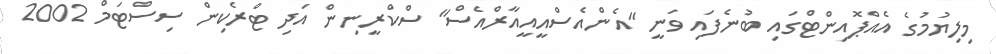
މިލިޔުމުގެ އެއްޕޮއިންޓްގައި ބުނެފައި ވަނީ "އެންއެސްއީއީއާރްއެސް" ސްކްރީނިން އަދި ޓްރެކިން ސިސްޓަމް 2002